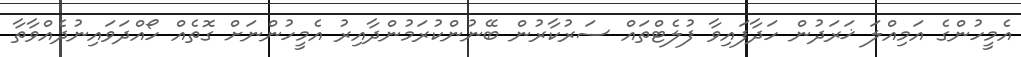
އެމީހުންގެ އަމިއްލަ ޚަރަދުން ހަދާފައިވާ ފުލެޓްތައް ސަރުކާރުން ބޭނުންކުރަމުންދާއިރު އެމީހުންނަށް ގޮތެއް ހޯއްދަވައިނުދެއްވާތާ